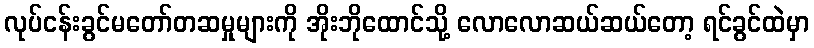
လုပ်ငန်းခွင်မတော်တဆမှုများကို အိုးဘိုထောင်သို့ လောလောဆယ်ဆယ်တော့ ရင်ခွင်ထဲမှာ